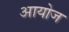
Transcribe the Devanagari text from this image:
आयोज